Code of medical and sanitary regulations for the guidance of medical officers serving in the Madras Presidency - Volume I
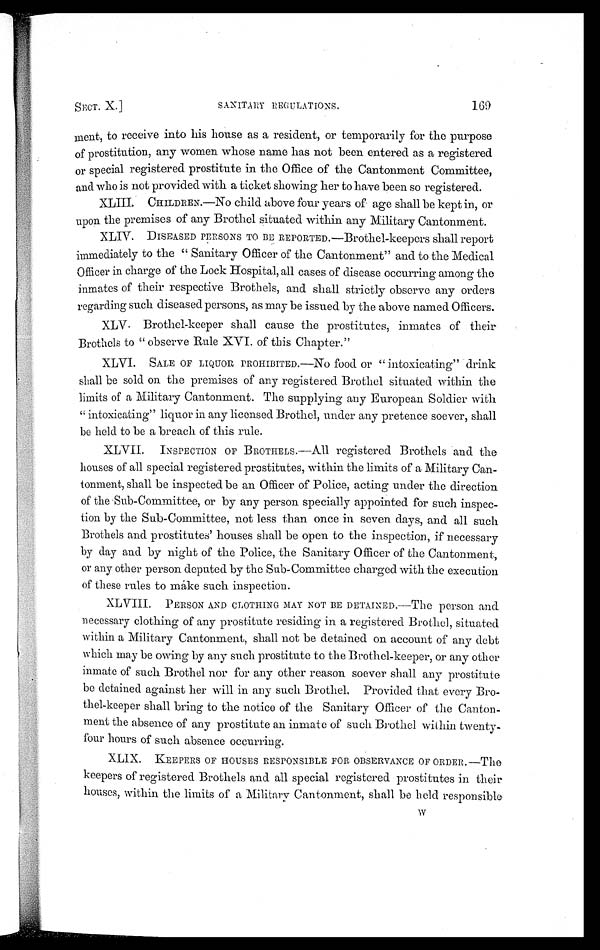
SECT. X.]
SANITARY REGULATIONS.
169
ment, to receive into his house as a resident, or temporarily for the purpose
of prostitution, any women whose name has not been entered as a registered
or special registered prostitute in the Office of the Cantonment Committee,
and who is not provided with a ticket showing her to have been so registered.
XLIII. CHILDREN.—No child above four years of age shall be kept in, or
upon the premises of any Brothel situated within any Military Cantonment.
XLIV. DISEASED PERSONS TO BE REPORTED.—Brothel-keepers shall report
immediately to the " Sanitary Officer of the Cantonment" and to the Medical
Officer in charge of the Lock Hospital, all cases of disease occurring among the
inmates of their respective Brothels, and shall strictly observe any orders
regarding such diseased persons, as may be issued by the above named Officers.
XLV. Brothel-keeper shall cause the prostitutes, inmates of their
Brothels to " observe Rule XVI. of this Chapter."
XLVI. SALE OF LIQUOR PROHIBITED.—No food. or " intoxicating" drink
shall be sold on the premises of any registered Brothel situated within the
limits of a Military Cantonment. The supplying any European Soldier with
" intoxicating" liquor in any licensed Brothel, under any pretence soever, shall
be held to be a breach of this rule.
XLVII. INSPECTION OF BROTHELS.—All registered Brothels and the
houses of all special registered prostitutes, within the limits of a Military Can-
tonment, shall be inspected be an Officer of Police, acting under the direction
of the Sub-Committee, or by any person specially appointed for such inspec-
tion by the Sub-Committee, not less than once in seven days, and all such
Brothels and prostitutes' houses shall be open to the inspection, if necessary
by day and by night of the Police, the Sanitary Officer of the Cantonment,
or any other person deputed by the Sub-Committee charged with the execution
of these rules to make such inspection.
XLVIII. PERSON AND CLOTHING MAY NOT BE DETAINED.—The person and
necessary clothing of any prostitute residing in a registered Brothel, situated
within a Military Cantonment, shall not be detained on account of any debt
which may be owing by any such prostitute to the Brothel-keeper, or any other
inmate of such Brothel nor for any other reason soever shall any prostitute
be detained against her will in any such Brothel, Provided that every Bro-
thel-keeper shall bring to the notice of the Sanitary Officer of the Canton-
ment the absence of any prostitute an inmate of such Brothel within twenty-
four hours of such absence occurring.
XLIX. KEEPERS OF HOUSES RESPONSIBLE FOR OBSERVANCE OF ORDER.—The
keepers of registered Brothels and all special registered prostitutes in their
houses, within the limits of a Military Cantonment, shall be held responsible
W